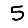
Digit: 5